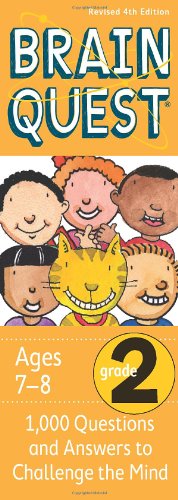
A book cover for Brain Quest Grade 2, revised 4th edition: 1,000 Questions and Answers to Challenge the Mind; Chris Welles Feder; Children's Books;